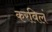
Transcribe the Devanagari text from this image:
करविलं